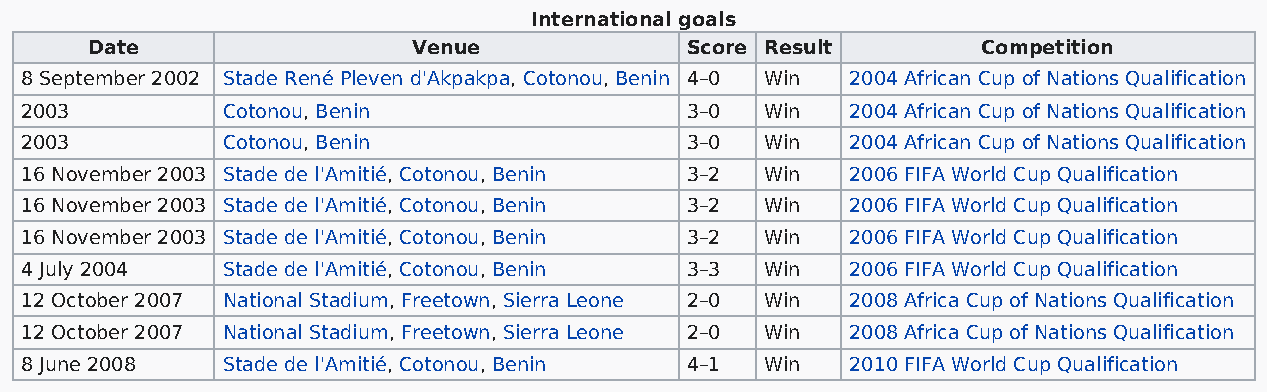
International goals
 Date                 Venue             Score Result        Competition
 8 September 2002 Stade René Pleven d'Akpakpa, Cotonou, Benin 4–0 Win 2004 African Cup of Nations Qualification
 2003          Cotonou, Benin                3–0   Win  2004 African Cup of Nations Qualification
 2003          Cotonou, Benin                3–0   Win  2004 African Cup of Nations Qualification
 16 November 2003 Stade de l'Amitié, Cotonou, Benin 3–2 Win 2006 FIFA World Cup Qualification
 16 November 2003 Stade de l'Amitié, Cotonou, Benin 3–2 Win 2006 FIFA World Cup Qualification
 16 November 2003 Stade de l'Amitié, Cotonou, Benin 3–2 Win 2006 FIFA World Cup Qualification
 4 July 2004   Stade de l'Amitié, Cotonou, Benin 3–3 Win 2006 FIFA World Cup Qualification
 12 October 2007 National Stadium, Freetown, Sierra Leone 2–0 Win 2008 Africa Cup of Nations Qualification
 12 October 2007 National Stadium, Freetown, Sierra Leone 2–0 Win 2008 Africa Cup of Nations Qualification
 8 June 2008   Stade de l'Amitié, Cotonou, Benin 4–1 Win 2010 FIFA World Cup Qualification